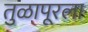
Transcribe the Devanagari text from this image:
तुळापूरला